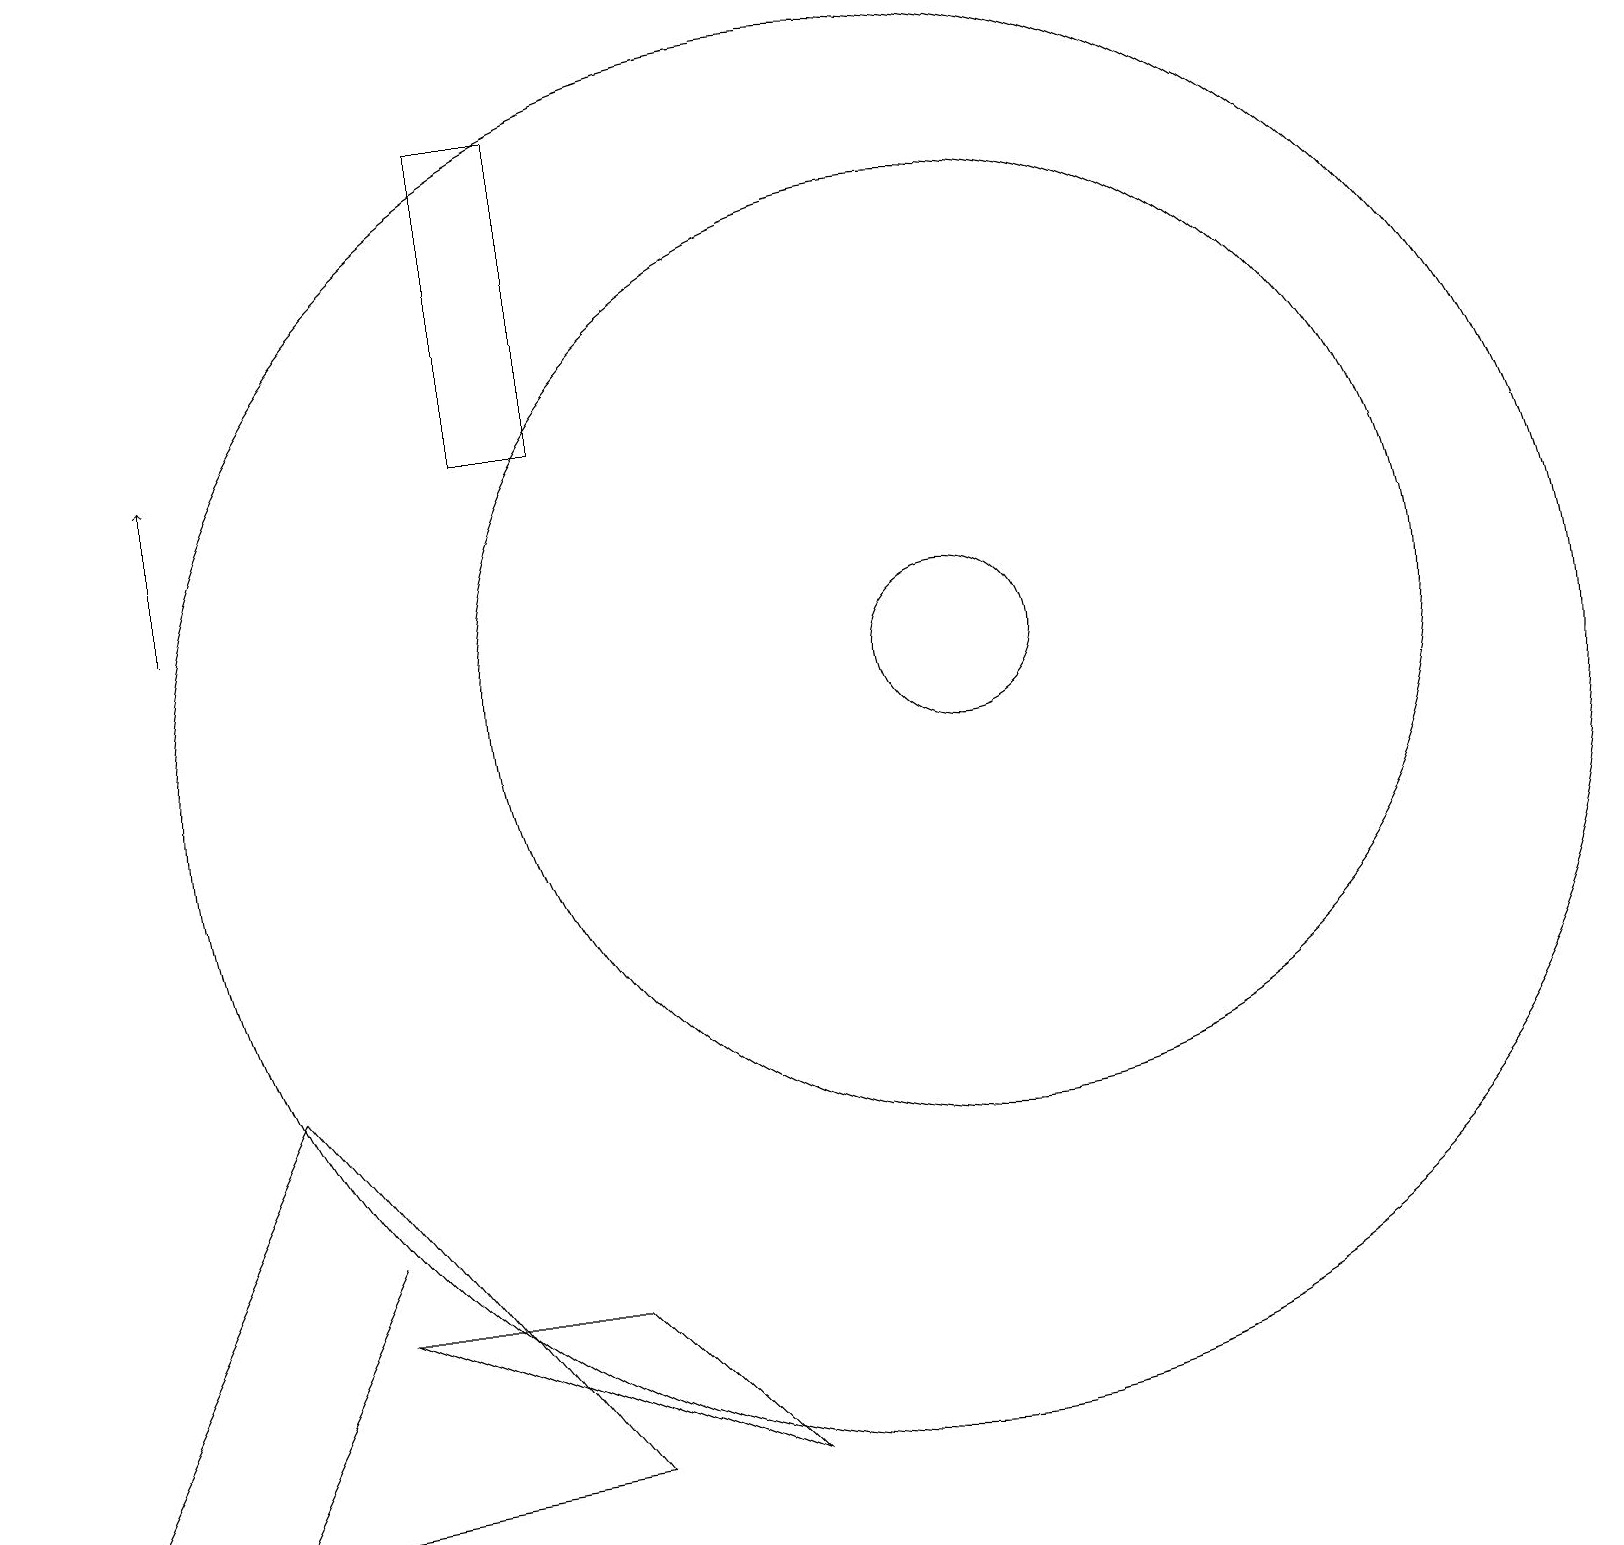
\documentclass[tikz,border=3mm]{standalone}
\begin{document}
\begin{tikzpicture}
\draw (3,6) -- (7,1) -- (0,0) -- cycle;
\draw (9,1) -- (4,3) -- (7,3) -- cycle;
\draw (11,10) circle (9);
\draw (12,11) circle (1);
\draw[->] (2,12) -- (2,14);
\draw (4,4) -- (4,4) -- (2,0) -- cycle;
\draw (6,14) rectangle (7,18);
\draw (12,11) circle (6);
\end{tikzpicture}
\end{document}